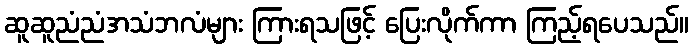
ဆူဆူညံညံအသံဘလံများ ကြားရသဖြင့် ပြေးလိုက်ကာ ကြည့်ရပေသည်။